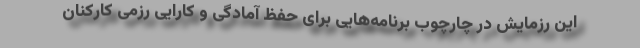
این رزمایش در چارچوب برنامه‌هایی برای حفظ آمادگی و کارایی رزمی کارکنان